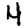
Digit: 4